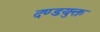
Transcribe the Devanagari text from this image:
दण्डयुक्त